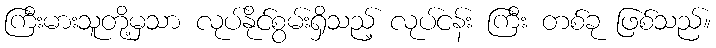
ကြီးမားသူတို့မှသာ လုပ်နိုင်စွမ်းရှိသည့် လုပ်ငန်း ကြီး တစ်ခု ဖြစ်သည်။